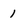
Character: 1